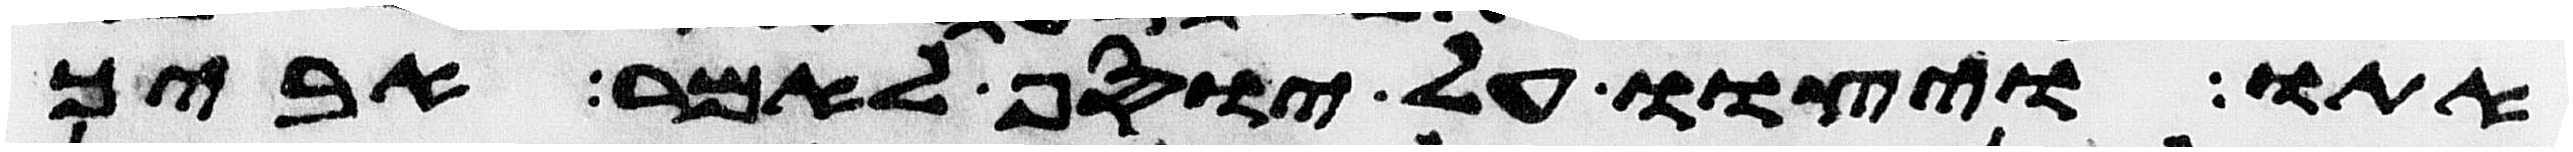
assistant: אתו ויצוו על יוסף לאמר אביך